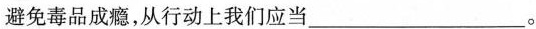
避免毒品成瘾，从行动上我们应当___。